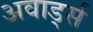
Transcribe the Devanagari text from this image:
अवार्ड्स